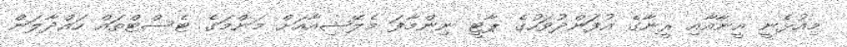
މިއުޅެނީ އީނާއާއި ރީނާގެ އުފަންދުވަހުގެ ޕާޓީ ނިންމާފަ މެލޭޝިއާއަށް މަންމަގެ ޓެސްޓްތައް ހައްދާލަން